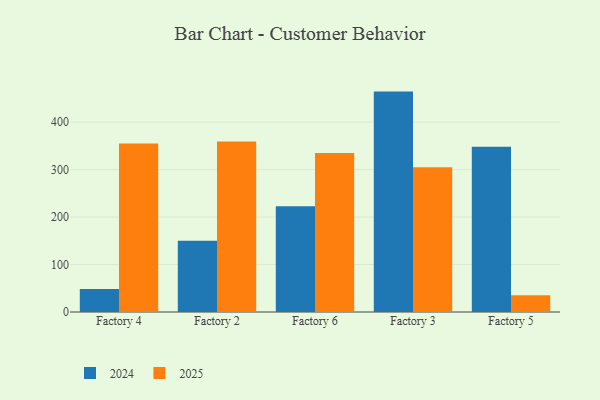
{"axis": {"x": "Factory", "y": "Active Users"}, "legend": ["2024", "2025"], "data": [{"x": "Factory 4", "y": 48.6, "type": "2024"}, {"x": "Factory 4", "y": 355.1, "type": "2025"}, {"x": "Factory 2", "y": 150.1, "type": "2024"}, {"x": "Factory 2", "y": 359.5, "type": "2025"}, {"x": "Factory 6", "y": 222.7, "type": "2024"}, {"x": "Factory 6", "y": 335.0, "type": "2025"}, {"x": "Factory 3", "y": 464.4, "type": "2024"}, {"x": "Factory 3", "y": 305.1, "type": "2025"}, {"x": "Factory 5", "y": 348.3, "type": "2024"}, {"x": "Factory 5", "y": 35.4, "type": "2025"}]}